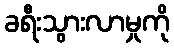
ခရီးသွားလာမှုကို